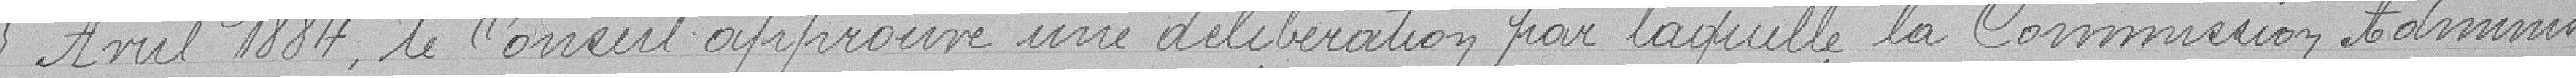
5 avril 1884, le Conseil approuve une délibération par laquelle la Commission Adminis-